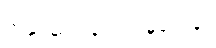
အနုပညာလှုပ်ရှားမှုတွေနဲ့။